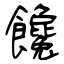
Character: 饞